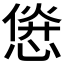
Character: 𱞱